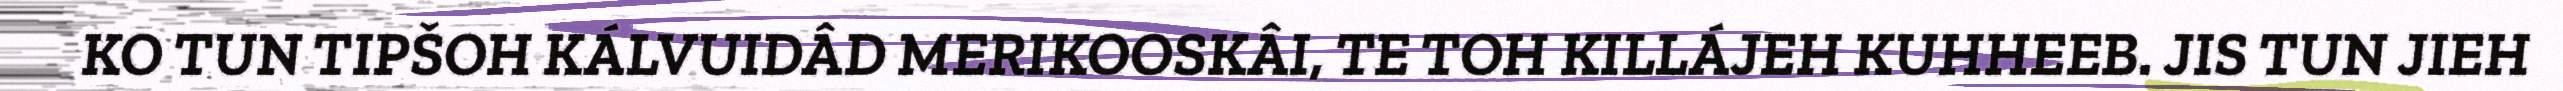
KO TUN TIPŠOH KÁLVUIDÂD MERIKOOSKÂI, TE TOH KILLÁJEH KUHHEEB. JIS TUN JIEH